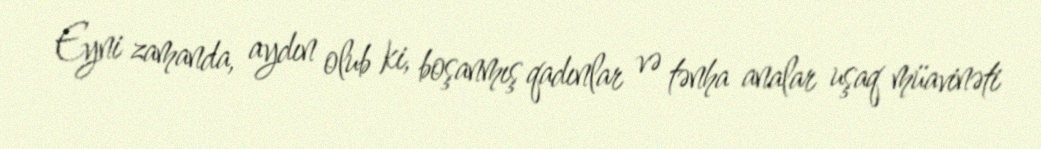
Eyni zamanda, aydın olub ki, boşanmış qadınlar və tənha analar uşaq müavinəti